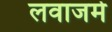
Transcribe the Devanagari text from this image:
लवाजमे